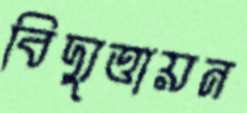
বিদ্যুত্তায়ন